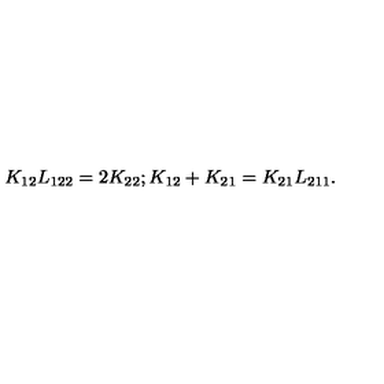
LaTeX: K _ { 1 2 } L _ { 1 2 2 } = 2 K _ { 2 2 } ; K _ { 1 2 } + K _ { 2 1 } = K _ { 2 1 } L _ { 2 1 1 } .